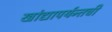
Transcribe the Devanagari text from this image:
खांद्यापर्यन्तची